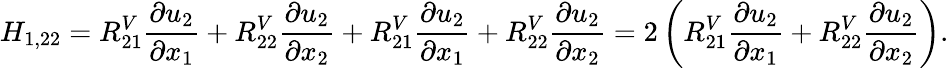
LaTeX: H_{1,22}=R_{21}^{V}\frac{\partial u_{2}}{\partial x_{1}}+R_{22}^{V}\frac{\partial u_{2}}{\partial x_{2}}+R_{21}^{V}\frac{\partial u_{2}}{\partial x_{1}}+R_{22}^{V}\frac{\partial u_{2}}{\partial x_{2}}=2\left(R_{21}^{V}\frac{\partial u_{2}}{\partial x_{1}}+R_{22}^{V}\frac{\partial u_{2}}{\partial x_{2}}\right).